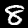
Digit: 8